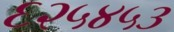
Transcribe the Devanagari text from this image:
६२५४५३